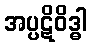
အပ္ပဋိဝိဒ္ဓါ